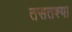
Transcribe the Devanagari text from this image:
तसतश्या